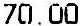
70.00